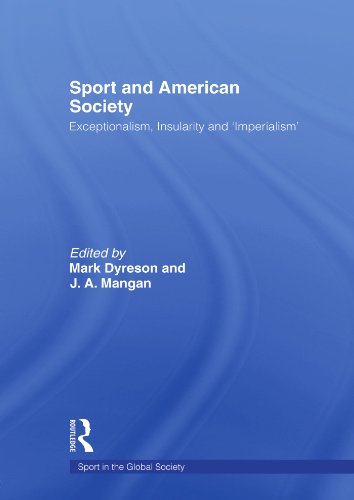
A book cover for Sport and American Society: Exceptionalism, Insularity, 'Imperialism'; Sports & Outdoors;